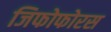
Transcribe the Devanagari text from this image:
जिफोफोरस